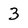
Character: 3